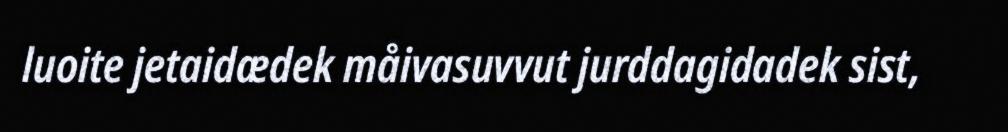
luoite jetaidædek måivasuvvut jurddagidadek sist,